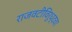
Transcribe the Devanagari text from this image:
राजवटीविरुध्दचा